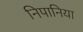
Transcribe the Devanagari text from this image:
निपानिया